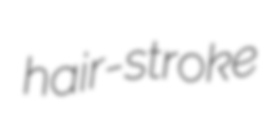
hair-stroke